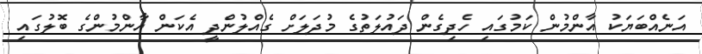
އަނެއްބަޔަކު އާންމުން ކަމުގައި ހެދިގެން ދައުލަތުގެ މުދަލަށް ގެއްލުންދީ އެކަން އާންމުންގެ ބޮލުގައި